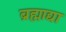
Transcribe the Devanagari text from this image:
ब्रह्माद्या